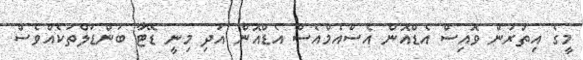
މީގެ އިތުރުން ވޮއިސް އެޑްއޮން އެސްއެމްއެސް އެޑްއޮން އަދި މިނީ ޑޭޓާ ބަންޑަލްތަކެއްވެސް